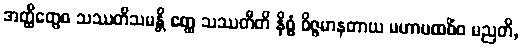
အတ္ထိတွေဝ သဿတိသမန္တိ ဧတ္ထ သဿတီတိ နိစ္စံ ဝိဇ္ဇမာနတာယ မဟာပထဝိံဝ မညတိ,